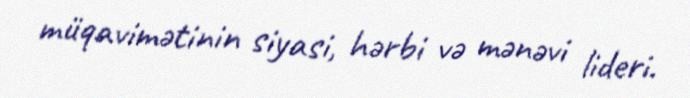
müqavimətinin siyasi, hərbi və mənəvi lideri.